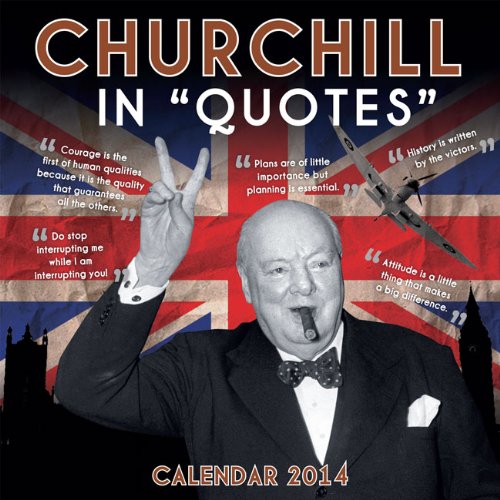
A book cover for Churchill in Quotes Wall Calendar 2014; Ammonite Press; Calendars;